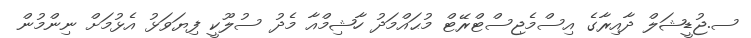
ސ.ޖުޑީޝަލް ދާއިރާގެ އިސްމެޖިސްޓްރޭޓް މުޙައްމަދު ހާޝިމްއާ މެދު ސުލޫކީ ފިޔަވަޅު އެޅުމަށް ނިންމުން